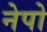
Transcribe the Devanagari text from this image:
नेपो